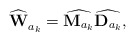
\begin{align*}\widehat{\mathbf{W}}_{a_k}^{} = \widehat{\mathbf{M}_{a_k}}\widehat{\mathbf{D}_{a_k}},\end{align*}